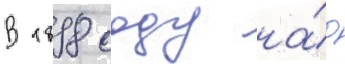
В 1898 году на́д